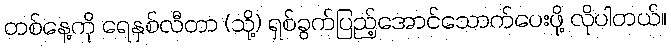
တစ်နေ့ကို ရေနှစ်လီတာ (သို့) ရှစ်ခွက်ပြည့်အောင်သောက်ပေးဖို့ လိုပါတယ်။